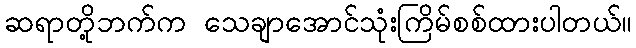
ဆရာတို့ဘက်က သေချာအောင်သုံးကြိမ်စစ်ထားပါတယ်။